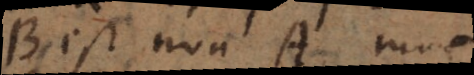
B est non A, tun